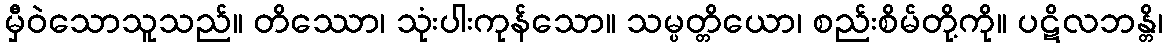
မှီဝဲသောသူသည်။ တိဿော၊ သုံးပါးကုန်သော။ သမ္ပတ္တိယော၊ စည်းစိမ်တို့ကို။ ပဋိလဘန္တိ၊